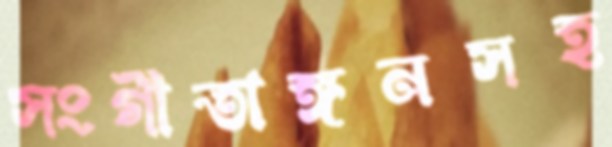
সংগীতাঙ্গনসহ